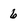
Character: 6